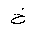
Letter: _kha